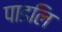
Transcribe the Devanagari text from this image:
पाडलि